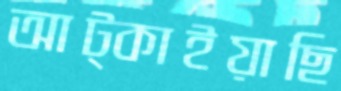
আট্‌কাইয়াছি